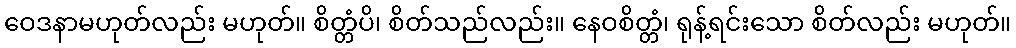
ဝေဒနာမဟုတ်လည်း မဟုတ်။ စိတ္တံပိ၊ စိတ်သည်လည်း။ နေဝစိတ္တံ၊ ရုန့်ရင်းသော စိတ်လည်း မဟုတ်။